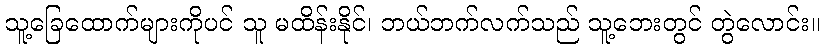
သူ့ခြေထောက်များကိုပင် သူ မထိန်းနိုင်၊ ဘယ်ဘက်လက်သည် သူ့ဘေးတွင် တွဲလောင်း။